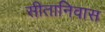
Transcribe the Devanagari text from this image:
सीतानिवास